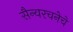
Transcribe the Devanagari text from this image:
सैन्यरचनेचे